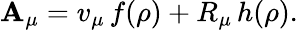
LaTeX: \mathbf{A}_{\mu}=v_{\mu}\, f(\rho)+R_{\mu}\, h(\rho).